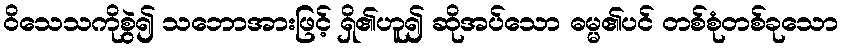
ဝိသေသကိုစွဲ၍ သဘောအားဖြင့် ရှိ၏ဟူ၍ ဆိုအပ်သော ဓမ္မ၏ပင် တစ်စုံတစ်ခုသော